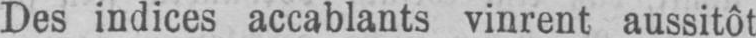
Des indices accablants vinrent aussitôt